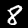
Label: 8